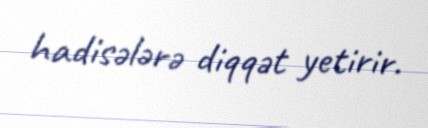
hadisələrə diqqət yetirir.